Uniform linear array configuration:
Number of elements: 24
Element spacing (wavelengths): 0.5
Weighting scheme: kaiser
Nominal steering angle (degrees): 30
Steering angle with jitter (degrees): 31.7
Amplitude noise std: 0.05
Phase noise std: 0.05

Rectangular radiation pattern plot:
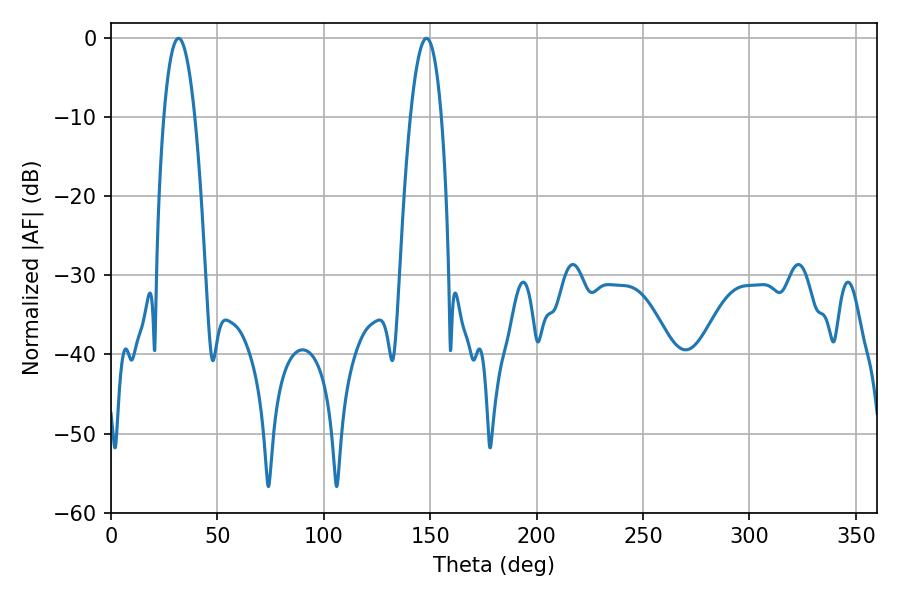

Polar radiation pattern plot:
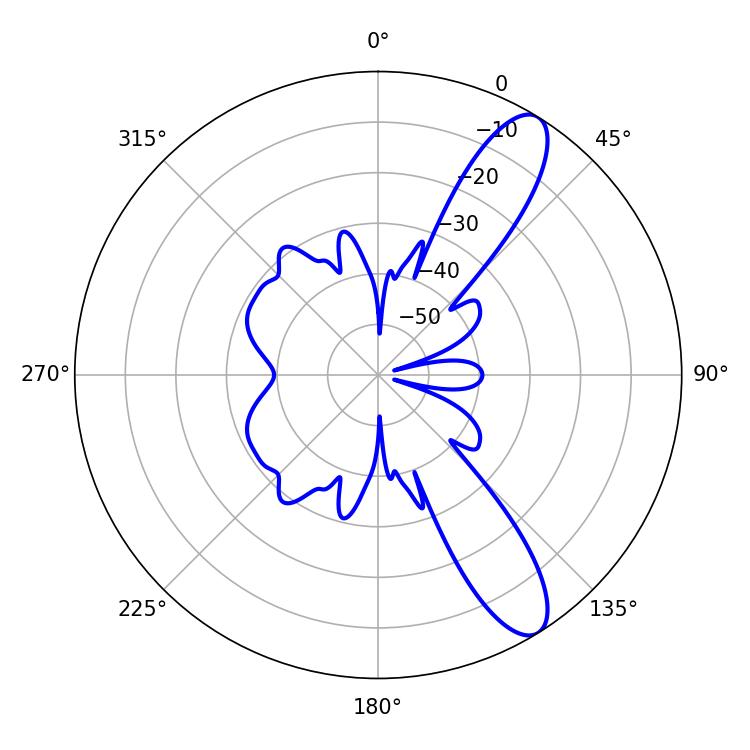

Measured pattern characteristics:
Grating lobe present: FALSE
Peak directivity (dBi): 11.012
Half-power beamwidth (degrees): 7.92
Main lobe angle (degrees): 31.68